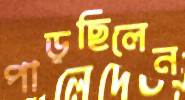
পাড়ছিলেন